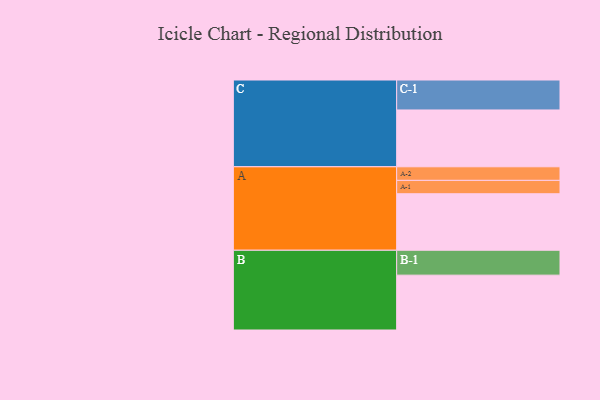
{"axis": {"x": "Segment", "y": "Value"}, "legend": ["", "A", "B", "C"], "data": [{"x": "A", "y": 545, "type": ""}, {"x": "B", "y": 529, "type": ""}, {"x": "C", "y": 548, "type": ""}, {"x": "A-1", "y": 129, "type": "A"}, {"x": "A-2", "y": 131, "type": "A"}, {"x": "B-1", "y": 240, "type": "B"}, {"x": "C-1", "y": 289, "type": "C"}]}